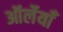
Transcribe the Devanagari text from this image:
ऑर्लेयाँ